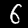
Digit: 6